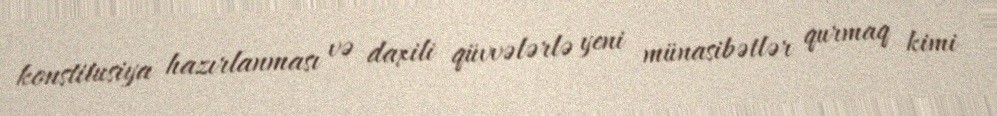
konstitusiya hazırlanması və daxili qüvvələrlə yeni münasibətlər qurmaq kimi